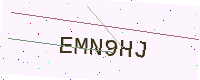
Text: EMN9HJ